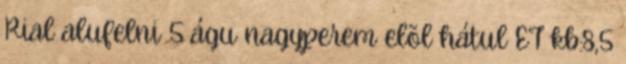
Rial alufelni 5 águ nagyperem elõl hátul ET kb:8,5